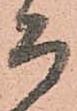
而